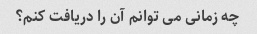
چه زمانی می توانم آن را دریافت کنم؟